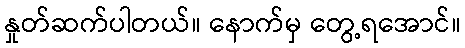
နှုတ်ဆက်ပါတယ်။ နောက်မှ တွေ့ရအောင်။